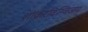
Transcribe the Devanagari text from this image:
शांकरदिग्विजय